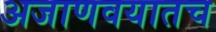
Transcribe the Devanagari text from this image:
अजाणवयातच